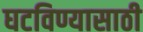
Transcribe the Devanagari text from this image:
घटविण्यासाठी